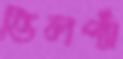
ভিলপ্যাঁ